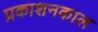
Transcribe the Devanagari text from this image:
प्रकाशनकाल